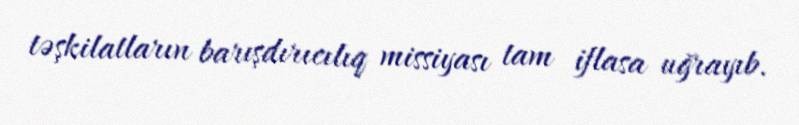
təşkilatların barışdırıcılıq missiyası tam iflasa uğrayıb.